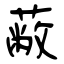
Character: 蔽